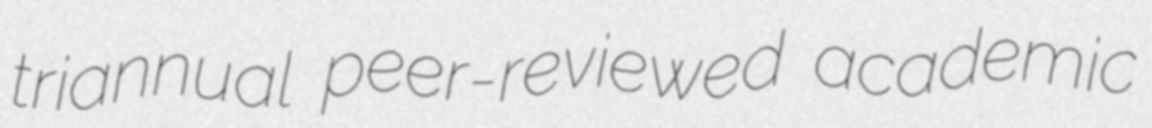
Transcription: triannual peer-reviewed academic